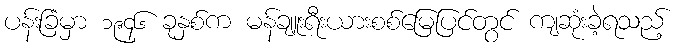
ပန်းခြံမှာ ၁၉၄၆ ခုနှစ်က မန်ချူးရီးယားစစ်မြေပြင်တွင် ကျဆုံးခဲ့ရသည့်